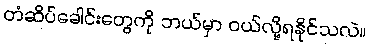
တံဆိပ်ခေါင်းတွေကို ဘယ်မှာ ဝယ်လို့ရနိုင်သလဲ။